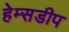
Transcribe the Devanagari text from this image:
हेम्सडीप